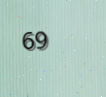
69